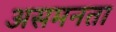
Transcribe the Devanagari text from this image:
असमनता